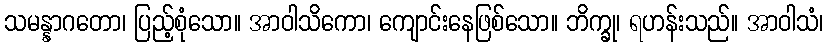
သမန္နာဂတော၊ ပြည့်စုံသော။ အာဝါသိကော၊ ကျောင်းနေဖြစ်သော။ ဘိက္ခု၊ ရဟန်းသည်။ အာဝါသံ၊